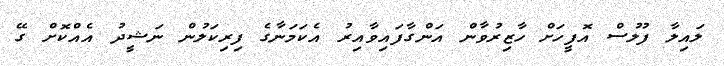
ލައިލާ ފުލުސް އޮފީހަށް ހާޒިރުވާން އަންގާފައިވާއިރު އެކަމަނާގެ ފިރިކަލުން ނަޝީދު އެއްކޮށް ގޭ